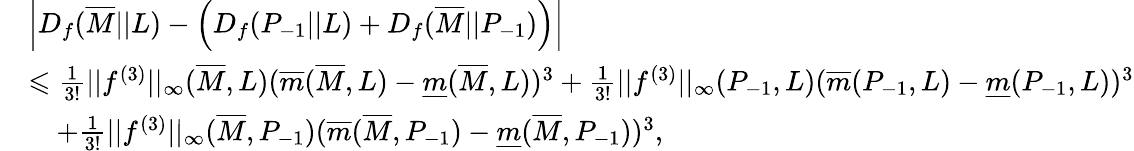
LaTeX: \begin{array}{rl}&{\left|D_{f}(\overline{{M}}||L)-\left(D_{f}(P_{-1}||L)+D_{f}(\overline{{M}}||P_{-1})\right)\right|}\\ &{\leqslant\frac{1}{3!}||f^{(3)}||_{\infty}(\overline{{M}},L)(\overline{{m}}(\overline{{M}},L)-\underline{{m}}(\overline{{M}},L))^{3}+\frac{1}{3!}||f^{(3)}||_{\infty}(P_{-1},L)(\overline{{m}}(P_{-1},L)-\underline{{m}}(P_{-1},L))^{3}}\\ &{\quad+\frac{1}{3!}||f^{(3)}||_{\infty}(\overline{{M}},P_{-1})(\overline{{m}}(\overline{{M}},P_{-1})-\underline{{m}}(\overline{{M}},P_{-1}))^{3},}\end{array}